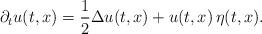
LaTeX: \begin{align*} \partial_t u(t,x)= \frac 12 \Delta u(t,x) + u(t,x) \, \eta (t,x). \end{align*}